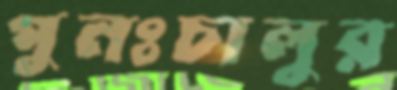
পুনঃচালুর